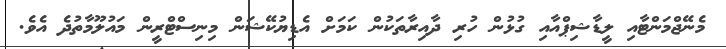
މެނޭޖްމަންޓާއި ލީޑާޝިޕްއާއި ގުޅުން ހުރި ދާއިރާތަކުން ކަމަށް އެޑިޔުކޭޝަން މިނިސްޓްރީން މައުލޫމާތުދެ އެވެ.